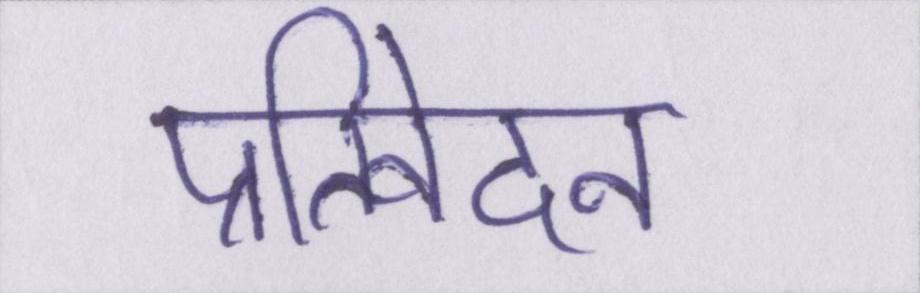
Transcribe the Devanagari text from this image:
प्रतिवेदन